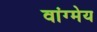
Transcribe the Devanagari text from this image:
वांग्मेय